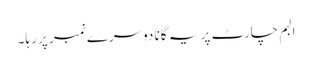
البم چارٹ پر یہ گانا دوسرے نمبر پر رہا۔